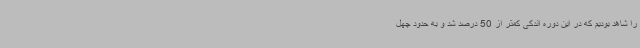
را شاهد بودیم که در این دوره اندکی کمتر از 50 درصد شد و به حدود چهل